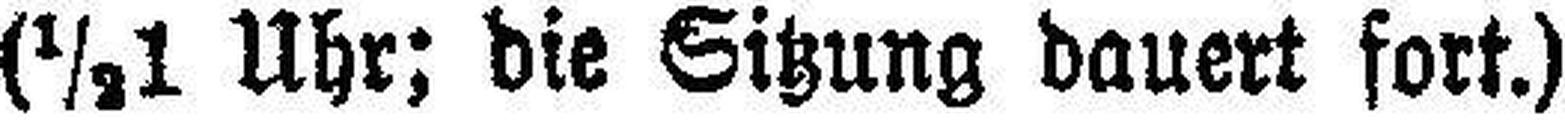
(½1 Uhr; die Sitzung dauert fort.)